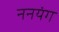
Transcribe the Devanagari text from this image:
ननयंग